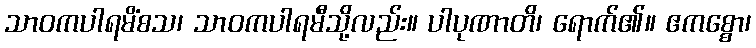
သာဝကပါရမိံစသ၊ သာဝကပါရမီသို့လည်း။ ပါပုဏာတိ၊ ရောက်၏။ ဧကစ္စော၊